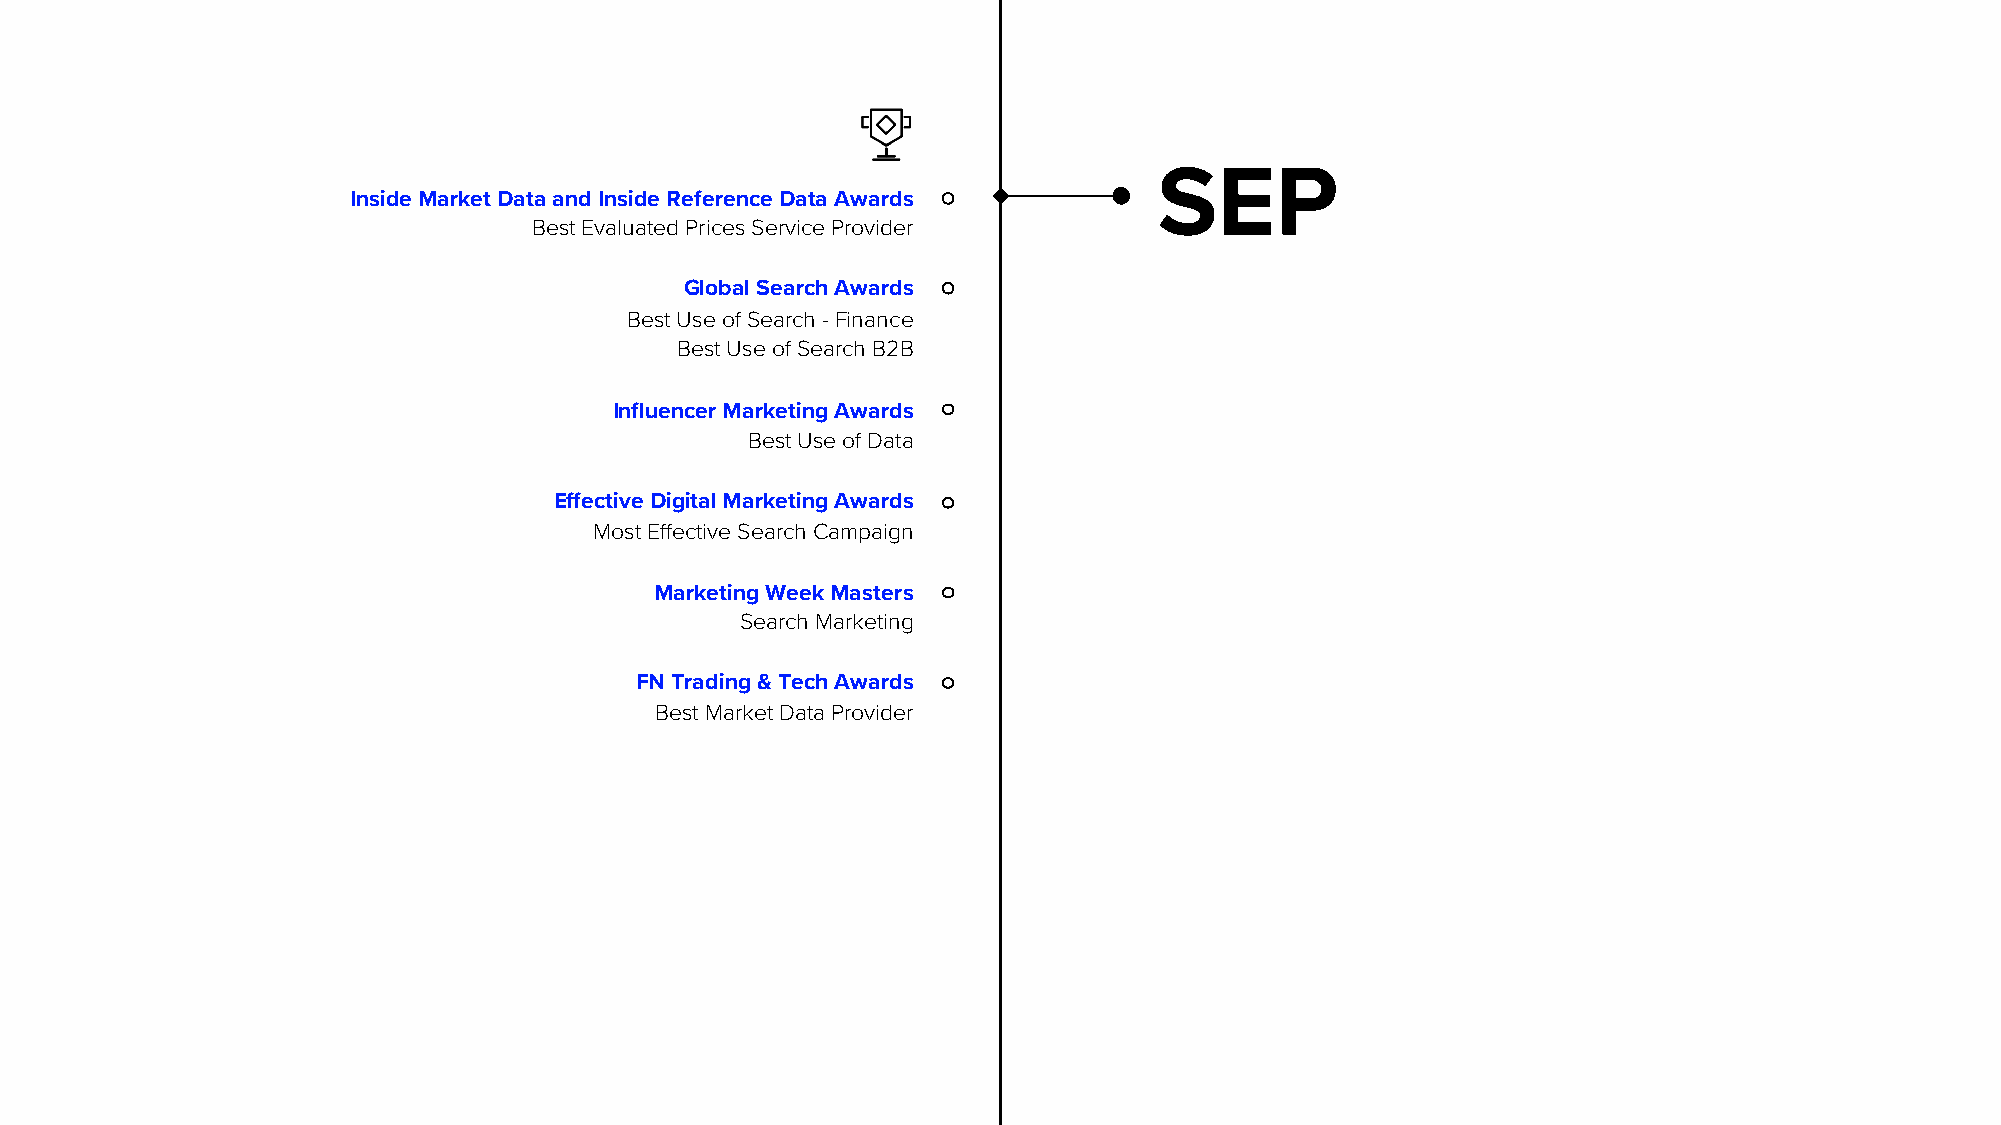
SEP
 Inside Market Data and Inside Reference Data Awards
 Best Evaluated Prices Service Provider
 Global Search Awards
 Best Use of Search -Finance
 Best Use of Search B2B
 Influencer Marketing Awards
 Best Use of Data
 Effective Digital Marketing Awards
 Most Effective Search Campaign
 Marketing Week Masters
 Search Marketing
 FN Trading & Tech Awards
 Best Market Data Provider